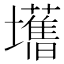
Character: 𫮾